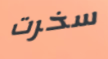
سخرت